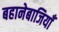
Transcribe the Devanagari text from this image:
बहानेबाजियाँ